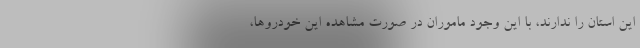
این استان را ندارند، با این وجود ماموران در صورت مشاهده این خودروها،